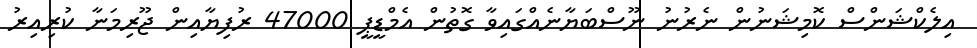
އިލެކްޝަންސް ކޮމިޝަނުން ނެރުނު ނޫސްބަޔާނެއްގައިވާ ގޮތުން އެމްޑީޕީ 47000 ރުފިޔާއިން ޖޫރިމަނާ ކުރިއިރު